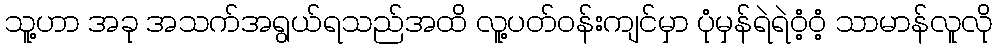
သူ့ဟာ အခု အသက်အရွယ်ရသည်အထိ လူ့ပတ်ဝန်းကျင်မှာ ပုံမှန်ရဲရဲဝံ့ဝံ့ သာမာန်လူလို